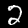
Digit: 2